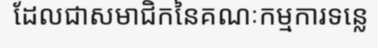
ដែលជាសមាជិកនៃគណៈកម្មការទន្លេ